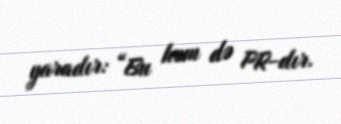
yaradır: “Bu həm də PR-dır.